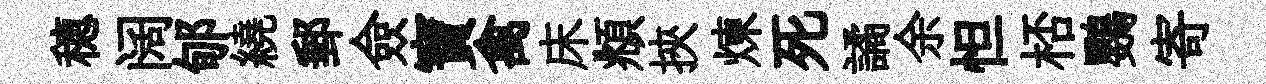
穂阔郇繞郵僉寶禽床頫挾煉死譎余怛桮鸚寄